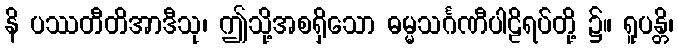
နိ ပဿတီတိအာဒီသု၊ ဤသို့အစရှိသော ဓမ္မသင်္ဂဏီပါဠိရပ်တို့ ၌။ ရူပန္တိ၊